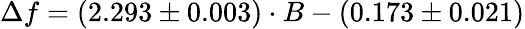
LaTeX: \Delta f=(2.293\pm 0.003)\cdot B-(0.173\pm 0.021)